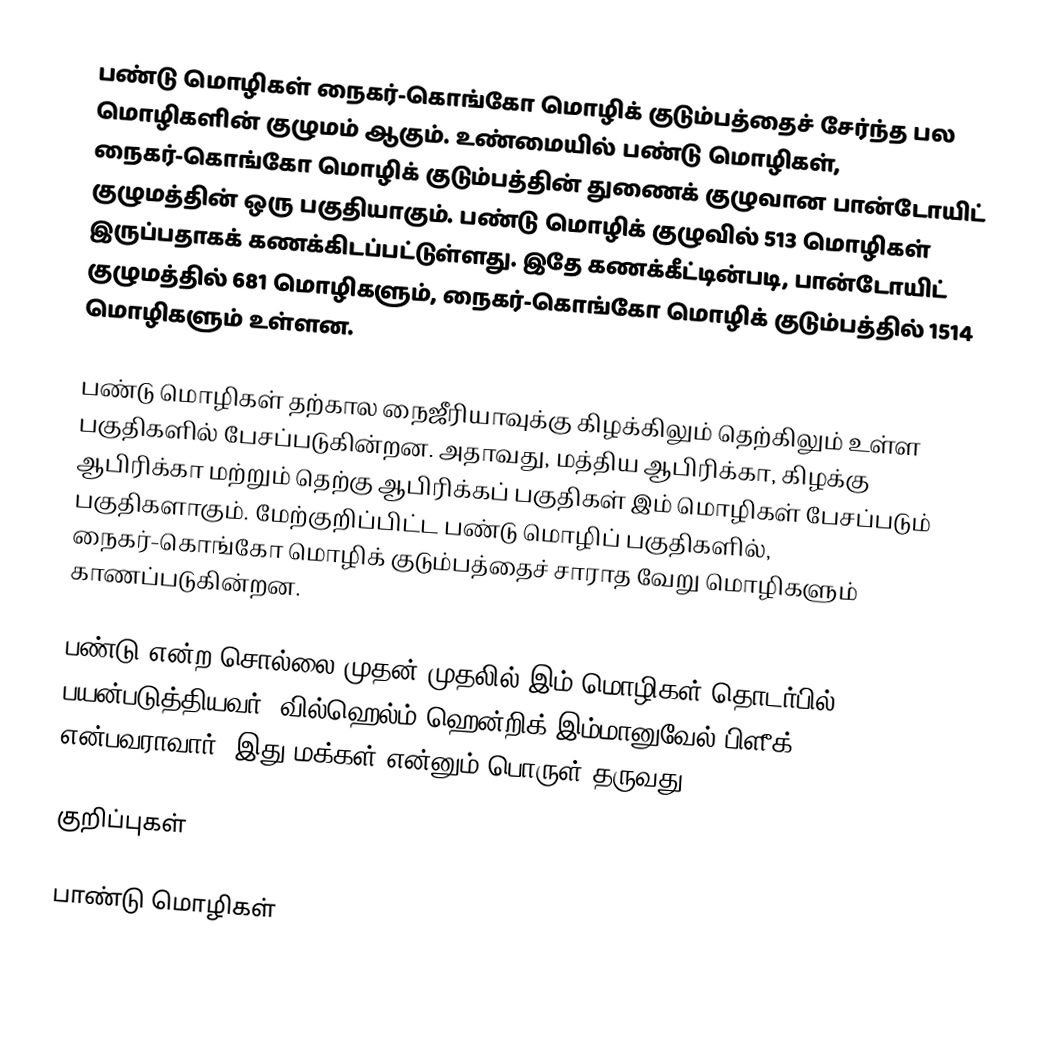
பண்டு மொழிகள் நைகர்-கொங்கோ மொழிக் குடும்பத்தைச் சேர்ந்த பல மொழிகளின் குழுமம் ஆகும். உண்மையில் பண்டு மொழிகள், நைகர்-கொங்கோ மொழிக் குடும்பத்தின் துணைக் குழுவான பான்டோயிட் குழுமத்தின் ஒரு பகுதியாகும். பண்டு மொழிக் குழுவில் 513 மொழிகள் இருப்பதாகக் கணக்கிடப்பட்டுள்ளது. இதே கணக்கீட்டின்படி, பான்டோயிட் குழுமத்தில் 681 மொழிகளும், நைகர்-கொங்கோ மொழிக் குடும்பத்தில் 1514 மொழிகளும் உள்ளன.

பண்டு மொழிகள் தற்கால நைஜீரியாவுக்கு கிழக்கிலும் தெற்கிலும் உள்ள பகுதிகளில் பேசப்படுகின்றன. அதாவது, மத்திய ஆபிரிக்கா, கிழக்கு ஆபிரிக்கா மற்றும் தெற்கு ஆபிரிக்கப் பகுதிகள் இம் மொழிகள் பேசப்படும் பகுதிகளாகும். மேற்குறிப்பிட்ட பண்டு மொழிப் பகுதிகளில், நைகர்-கொங்கோ மொழிக் குடும்பத்தைச் சாராத வேறு மொழிகளும் காணப்படுகின்றன.

பண்டு என்ற சொல்லை முதன் முதலில் இம் மொழிகள் தொடர்பில் பயன்படுத்தியவர், வில்ஹெல்ம் ஹென்றிக் இம்மானுவேல் பிளீக் (1827-1875) என்பவராவார். இது மக்கள் என்னும் பொருள் தருவது.

குறிப்புகள்

பாண்டு மொழிகள்